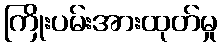
ကြိုးပမ်းအားထုတ်မှု